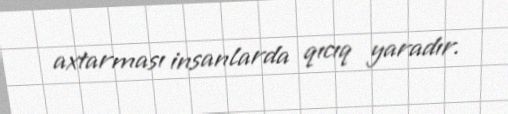
axtarması insanlarda qıcıq yaradır.